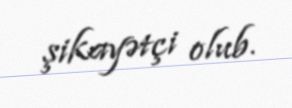
şikayətçi olub.